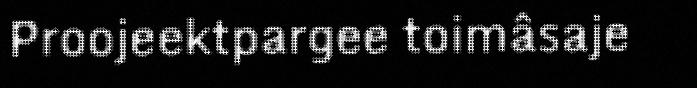
Proojeektpargee toimâsaje